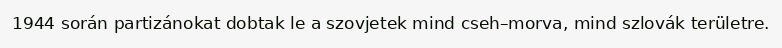
1944 során partizánokat dobtak le a szovjetek mind cseh–morva, mind szlovák területre.